Annual administration report of the Civil Veterinary Department of India - 1897-1898
Year: 1897
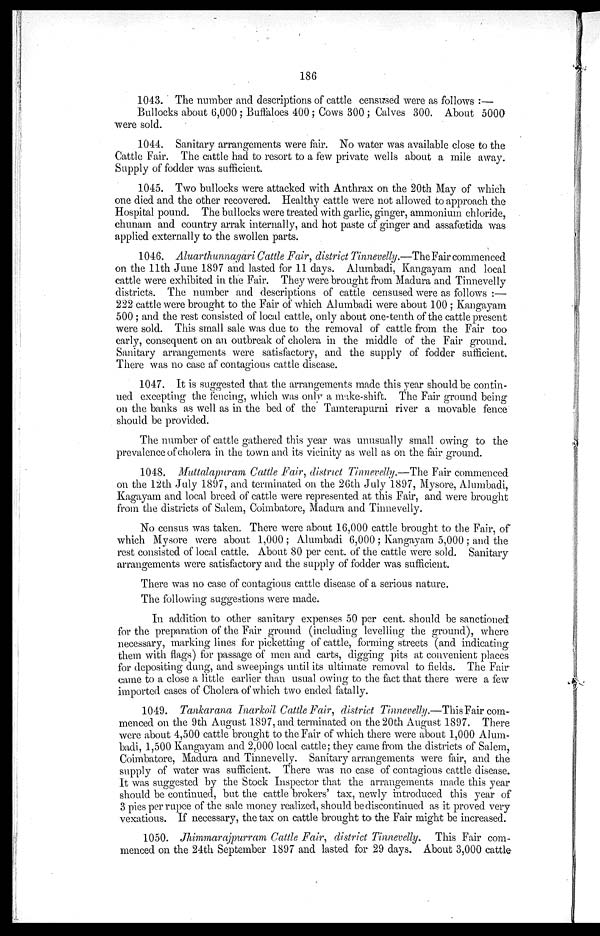
186
1043. The number and descriptions of cattle censused were as follows:—
Bullocks about 6,000; Buffaloes 400; Cows 300; Calves 300. About 5000
were sold.
1044. Sanitary arrangements were fair. No water was available close to the
Cattle Fair. The cattle had to resort to a few private wells about a mile away.
Supply of fodder was sufficient.
1045. Two bullocks were attacked with Anthrax on the 20th May of which
one died and the other recovered. Healthy cattle were not allowed to approach the
Hospital pound. The bullocks were treated with garlic, ginger, ammonium chloride,
chunam and country arrak internally, and hot paste of ginger and assafœtida was
applied externally to the swollen parts.
1046. Aluarthunnagari Cattle Fair, district Tinnevelly.—The Fair commenced
on the 11th June 1897 and lasted for 11 days. Alumbadi, Kangayam and local
cattle were exhibited in the Fair. They were brought from Madura and Tinnevelly
districts. The number and descriptions of cattle censused were as follows:—
222 cattle were brought to the Fair of which Alumbadi were about 100; Kangayam
500; and the rest consisted of local cattle, only about one-tenth of the cattle present
were sold. This small sale was due to the removal of cattle from the Fair too
early, consequent on an outbreak of cholera in the middle of the Fair ground.
Sanitary arrangements were satisfactory, and the supply of fodder sufficient.
There was no case af contagious cattle disease.
1047. It is suggested that the arrangements made this year should be contin-
ued excepting the fencing, which was only a make-shift. The Fair ground being
on the banks as well as in the bed of the Tamterapurni river a movable fence
should be provided.
The number of cattle gathered this year was unusually small owing to the
prevalence of cholera in the town and its vicinity as well as on the fair ground.
1048. Muttalapuram Cattle Fair, district Tinnevelly.—The Fair commenced
on the 12th July 1897, and terminated on the 26th July 1897, Mysore, Alumbadi,
Kagayam and local breed of cattle were represented at this Fair, and were brought
from the districts of Salem, Coimbatore, Madura and Tinnevelly.
No census was taken. There were about 16,000 cattle brought to the Fair, of
which Mysore were about 1,000; Alumbadi 6,000; Kangayam 5,000; and the
rest consisted of local cattle. About 80 per cent. of the cattle were sold. Sanitary
arrangements were satisfactory and the supply of fodder was sufficient.
There was no case of contagious cattle disease of a serious nature.
The following suggestions were made.
In addition to other sanitary expenses 50 per cent. should be sanctioned
for the preparation of the Fair ground (including levelling the ground), where
necessary, marking lines for picketting of cattle, forming streets (and indicating
them with flags) for passage of men and carts, digging pits at convenient places
for depositing dung, and sweepings until its ultimate removal to fields. The Fair
came to a close a little earlier than usual owing to the fact that there were a few
imported cases of Cholera of which two ended fatally.
1049. Tankarana Inarkoil Cattle Fair, district Tinnevelly.—This Fair com-
menced on the 9th August 1897, and terminated on the 20th August 1897. There
were about 4,500 cattle brought to the Fair of which there were about 1,000 Alum-
badi, 1,500 Kangayam and 2,000 local cattle; they came from the districts of Salem,
Coimbatore, Madura and Tinnevelly. Sanitary arrangements were fair, and the
supply of water was sufficient. There was no case of contagious cattle disease.
It was suggested by the Stock Inspector that the arrangements made this year
should be continued, but the cattle brokers' tax, newly introduced this year of
3 pies per rupee of the sale money realized, should be discontinued as it proved very
vexatious. If necessary, the tax on cattle brought to the Fair might be increased.
1050. Jhimmarajpurram Cattle Fair, district Tinnevelly. This Fair com-
menced on the 24th September 1897 and lasted for 29 days. About 3,000 cattle